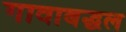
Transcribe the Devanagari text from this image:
गावाबद्धल